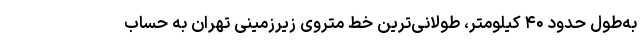
به‌طول حدود ۴۰ کیلومتر، طولانی‌ترین خط متروی زیرزمینی تهران به حساب